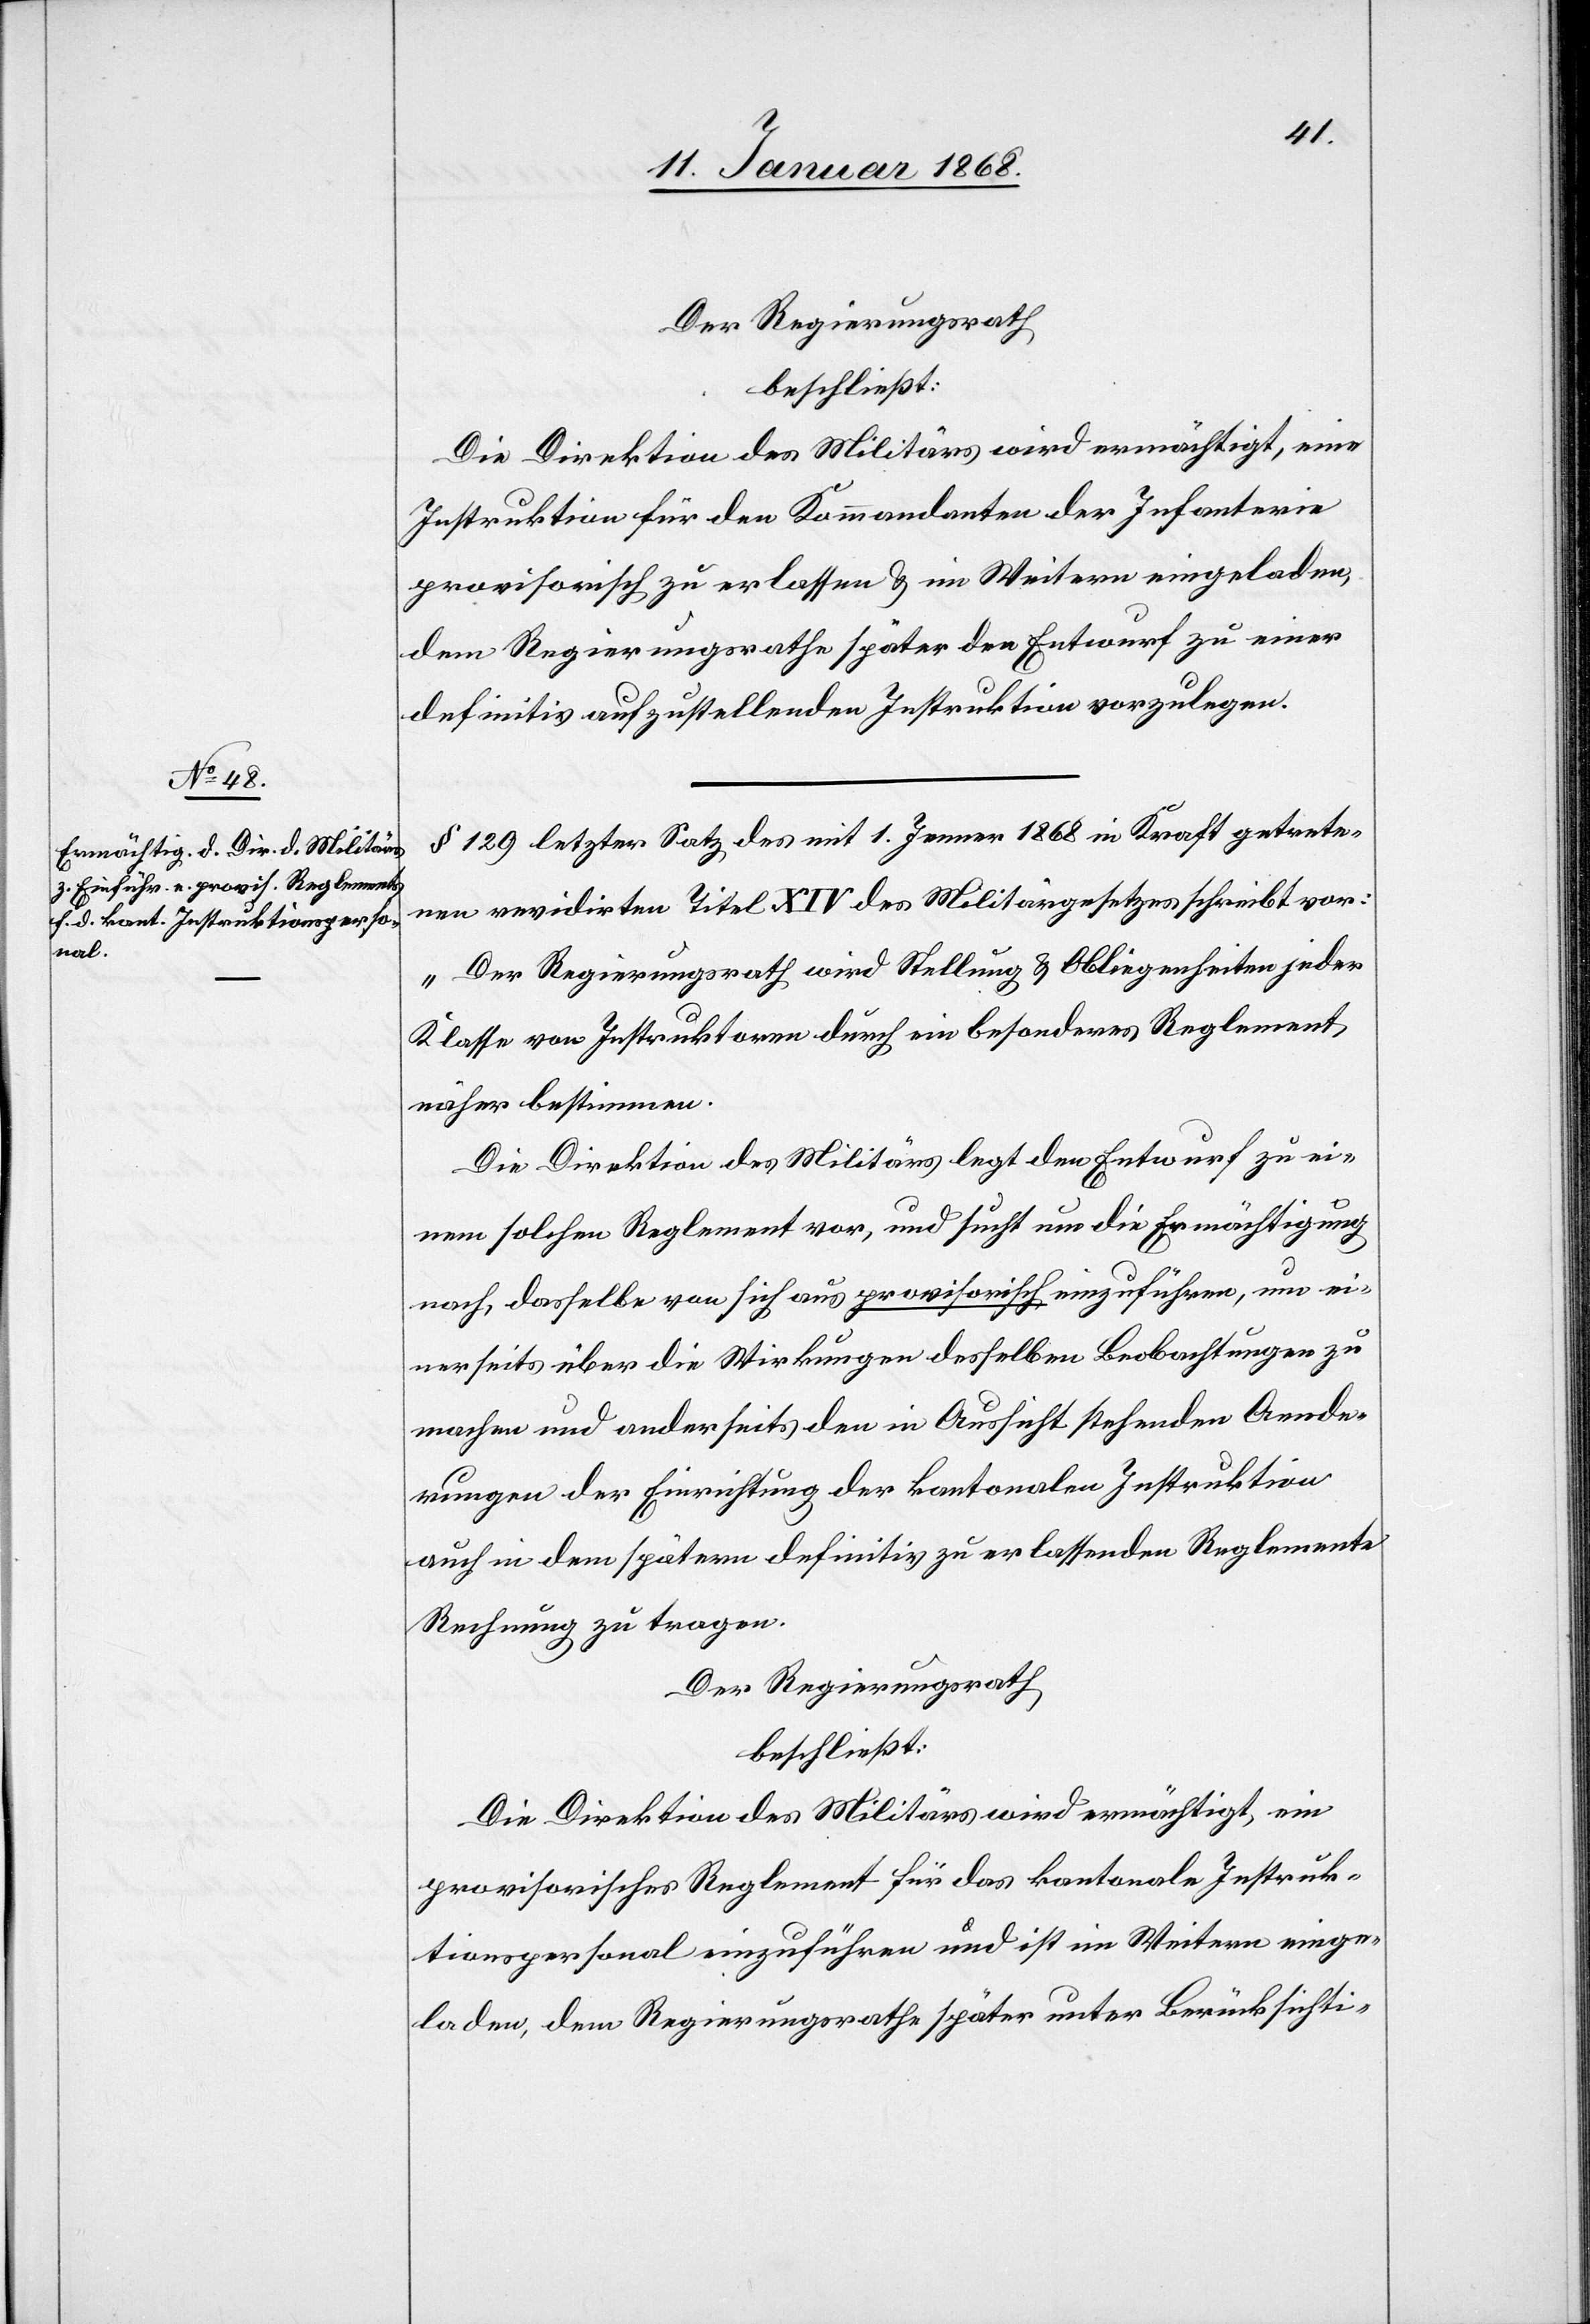
Der Regierungsrath
beschließt:
Die Direktion des Militärs wird ermächtigt, eine
Instruktion für den Kommandanten der Infanterie
provisorisch zu erlassen & im Weitern eingeladen,
dem Regierungsrathe später den Entwurf zu einer
definitiv aufzustellenden Instruktion vorzulegen.
§ 129 letzter Satz des mit 1. Jenner 1868 in Kraft getrete¬
nen revidirten Titel XIV des Militärgesetzes schreibt vor:
„Der Regierungsrath wird Stellung & Obliegenheiten jeder
Klasse von Instruktoren durch ein besonderes Reglement
näher bestimmen.[“]
Die Direktion des Militärs legt den Entwurf zu ei¬
nem solchen Reglement vor, und sucht um die Ermächtigung
nach, dasselbe von sich aus provisorisch einzuführen, um ei¬
nerseits über die Wirkungen desselben Beobachtungen zu
machen und anderseits den in Aussicht stehenden Aende¬
rungen der Einrichtung der kantonalen Instruktion
auch in dem spätern definitiv zu erlassenden Reglemente
Rechnung zu tragen.
Der Regierungsrath
beschließt:
Die Direktion des Militärs wird ermächtigt, ein
provisorisches Reglement für das kantonale Instruk¬
tionspersonal einzuführen und ist im Weitern einge¬
laden, dem Regierungsrathe später unter Berücksichti-